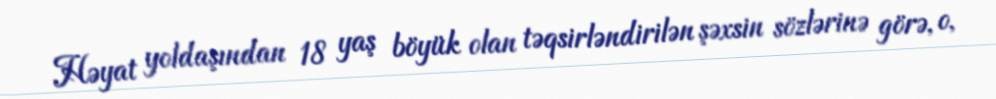
Həyat yoldaşından 18 yaş böyük olan təqsirləndirilən şəxsin sözlərinə görə, o,